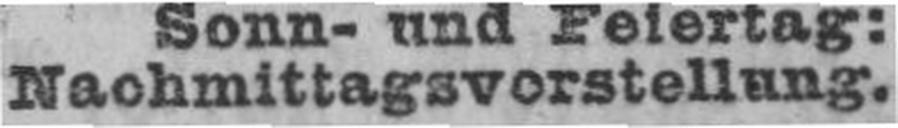
Nachmittagsvorstellung.